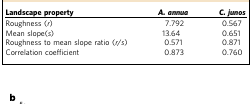
<table><thead><tr><td><b>Landscape property</b></td><td><b><i>A. annua</i></b></td><td><b><i>C. junos</i></b></td></tr></thead><tbody><tr><td>Roughness (<i>r</i>)</td><td>7.792</td><td>0.567</td></tr><tr><td>Mean slope(<i>s</i>)</td><td>13.64</td><td>0.651</td></tr><tr><td>Roughness to mean slope ratio (<i>r</i>/<i>s</i>)</td><td>0.571</td><td>0.871</td></tr><tr><td>Correlation coefficient</td><td>0.873</td><td>0.760</td></tr></tbody></table>